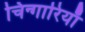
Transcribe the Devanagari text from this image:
चिन्गारियाँ